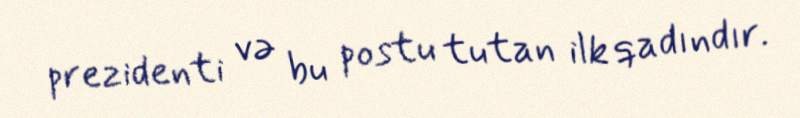
prezidenti və bu postu tutan ilk qadındır.